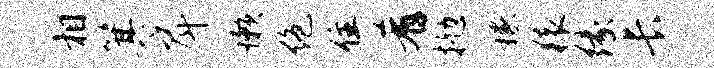
相箕戽懒绝住肴抛稼猿缘长